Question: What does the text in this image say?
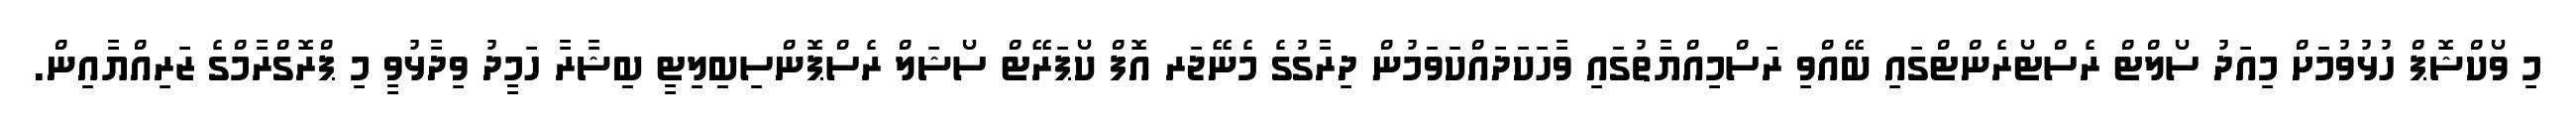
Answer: މި ވޯކްޝޮޕް ހުޅުވުމަށް މިއަދު ސޯލްޓް ރެސްޓޯރެންޓްގައި ބޭއްވި ރަސްމިއްޔާތުގައި ވާހަކަދައްކަވަމުން ދިރާގުގެ މެނޭޖަރ އޮފް ކޯޕަރޭޓް ސޯޝަލް ރެސްޕޮންސިބިލިޓީ ބިޝާރާ ހަމީދު ވިދާޅުވީ މި ޕްރޮގްރާމްގެ ޒަރިއްޔާއިން.